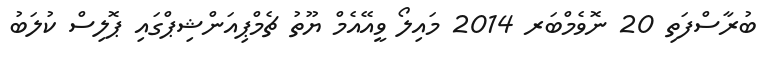
ބުރާސްފަތި 20 ނޮވެމްބަރ 2014 މައިލޯ ވީއޭއެމް ޔޫތު ޗެމްޕިއަންޝިޕްގައި ޕޮލިސް ކުލަބު